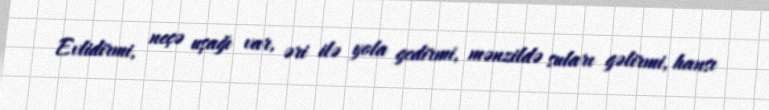
Evlidirmi, neçə uşağı var, əri ilə yola gedirmi, mənzildə suları gəlirmi, hansı